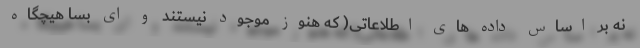
نه بر اساس داده های اطلاعاتی( که هنوز موجود نیستند و ای بسا هیچگاه